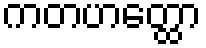
ကတဟတ္ထော